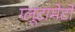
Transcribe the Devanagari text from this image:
ग्लूटामेटों